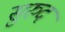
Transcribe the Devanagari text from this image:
सुरुद